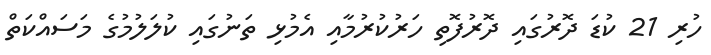
ހުރި 21 ކުޑަ ދޮރުގައި ދޮރުފޮތި ހަރުކުރުމާއި އެމުޅި ތަނުގައި ކުލަލުމުގެ މަސައްކަތް